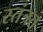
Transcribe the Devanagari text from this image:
स्‍तंत्रत